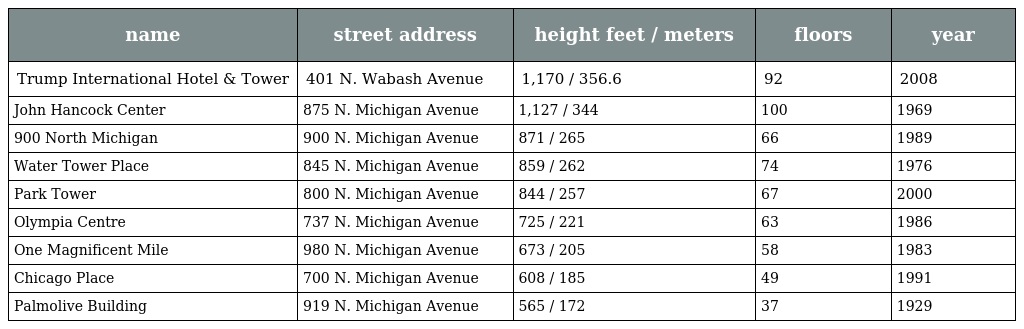
| name | street address | height feet / meters | floors | year |
 | --- | --- | --- | --- | --- |
 | Trump International Hotel & Tower | 401 N. Wabash Avenue | 1,170 / 356.6 | 92 | 2008 |
 | John Hancock Center | 875 N. Michigan Avenue | 1,127 / 344 | 100 | 1969 |
 | 900 North Michigan | 900 N. Michigan Avenue | 871 / 265 | 66 | 1989 |
 | Water Tower Place | 845 N. Michigan Avenue | 859 / 262 | 74 | 1976 |
 | Park Tower | 800 N. Michigan Avenue | 844 / 257 | 67 | 2000 |
 | Olympia Centre | 737 N. Michigan Avenue | 725 / 221 | 63 | 1986 |
 | One Magnificent Mile | 980 N. Michigan Avenue | 673 / 205 | 58 | 1983 |
 | Chicago Place | 700 N. Michigan Avenue | 608 / 185 | 49 | 1991 |
 | Palmolive Building | 919 N. Michigan Avenue | 565 / 172 | 37 | 1929 |